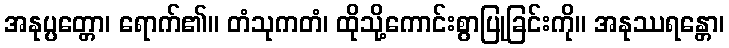
အနုပ္ပတ္တော၊ ရောက်၏။ တံသုကတံ၊ ထိုသို့ကောင်းစွာပြုခြင်းကို။ အနုဿရန္တော၊